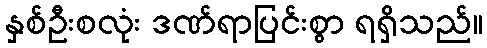
နှစ်ဦးစလုံး ဒဏ်ရာပြင်းစွာ ရရှိသည်။